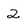
Character: 2